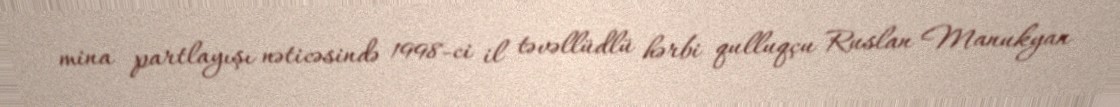
mina partlayışı nəticəsində 1998-ci il təvəllüdlü hərbi qulluqçu Ruslan Manukyan